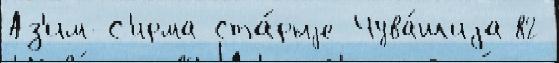
Аз'им-С'ирма Ста́рыjе Чува́шиjа 82